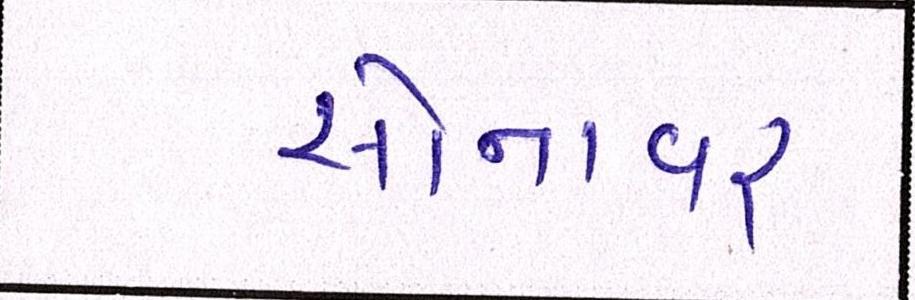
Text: સોનાવર